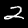
Label: 2